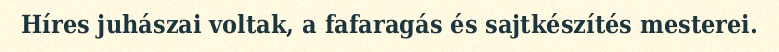
Híres juhászai voltak, a fafaragás és sajtkészítés mesterei.